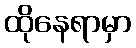
ထိုနေရာမှာ